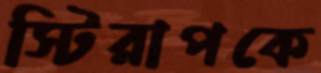
স্টিরাপকে